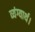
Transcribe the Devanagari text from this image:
व्यंग्यार्थ।